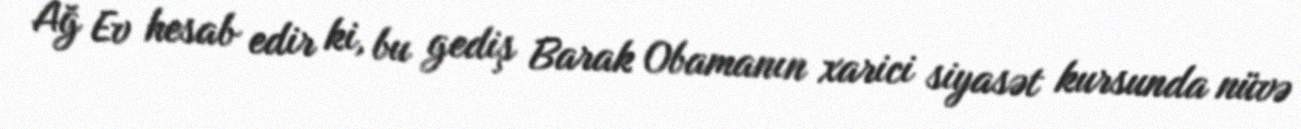
Ağ Ev hesab edir ki, bu gediş Barak Obamanın xarici siyasət kursunda nüvə